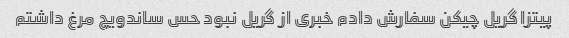
پیتزا گریل چیکن سفارش دادم خبری از گریل نبود حس ساندویچ مرغ داشتم